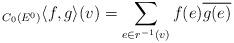
LaTeX: \begin{align*}{}_{C_0(E^0)}\langle f,g\rangle(v)=\sum_{e\in r^{-1}(v)}f(e)\overline{g(e)} \end{align*}